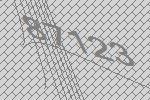
87123